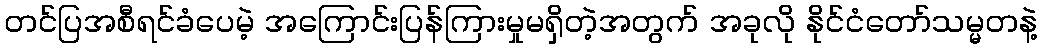
တင်ပြအစီရင်ခံပေမဲ့ အကြောင်းပြန်ကြားမှုမရှိတဲ့အတွက် အခုလို နိုင်ငံတော်သမ္မတနဲ့